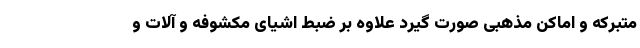
متبرکه و اماکن مذهبی صورت گیرد علاوه بر ضبط اشیای مکشوفه و آلات و